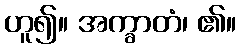
ဟူ၍။ အက္ခာတံ၊ ၏။